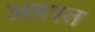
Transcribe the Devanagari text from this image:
अहस्त